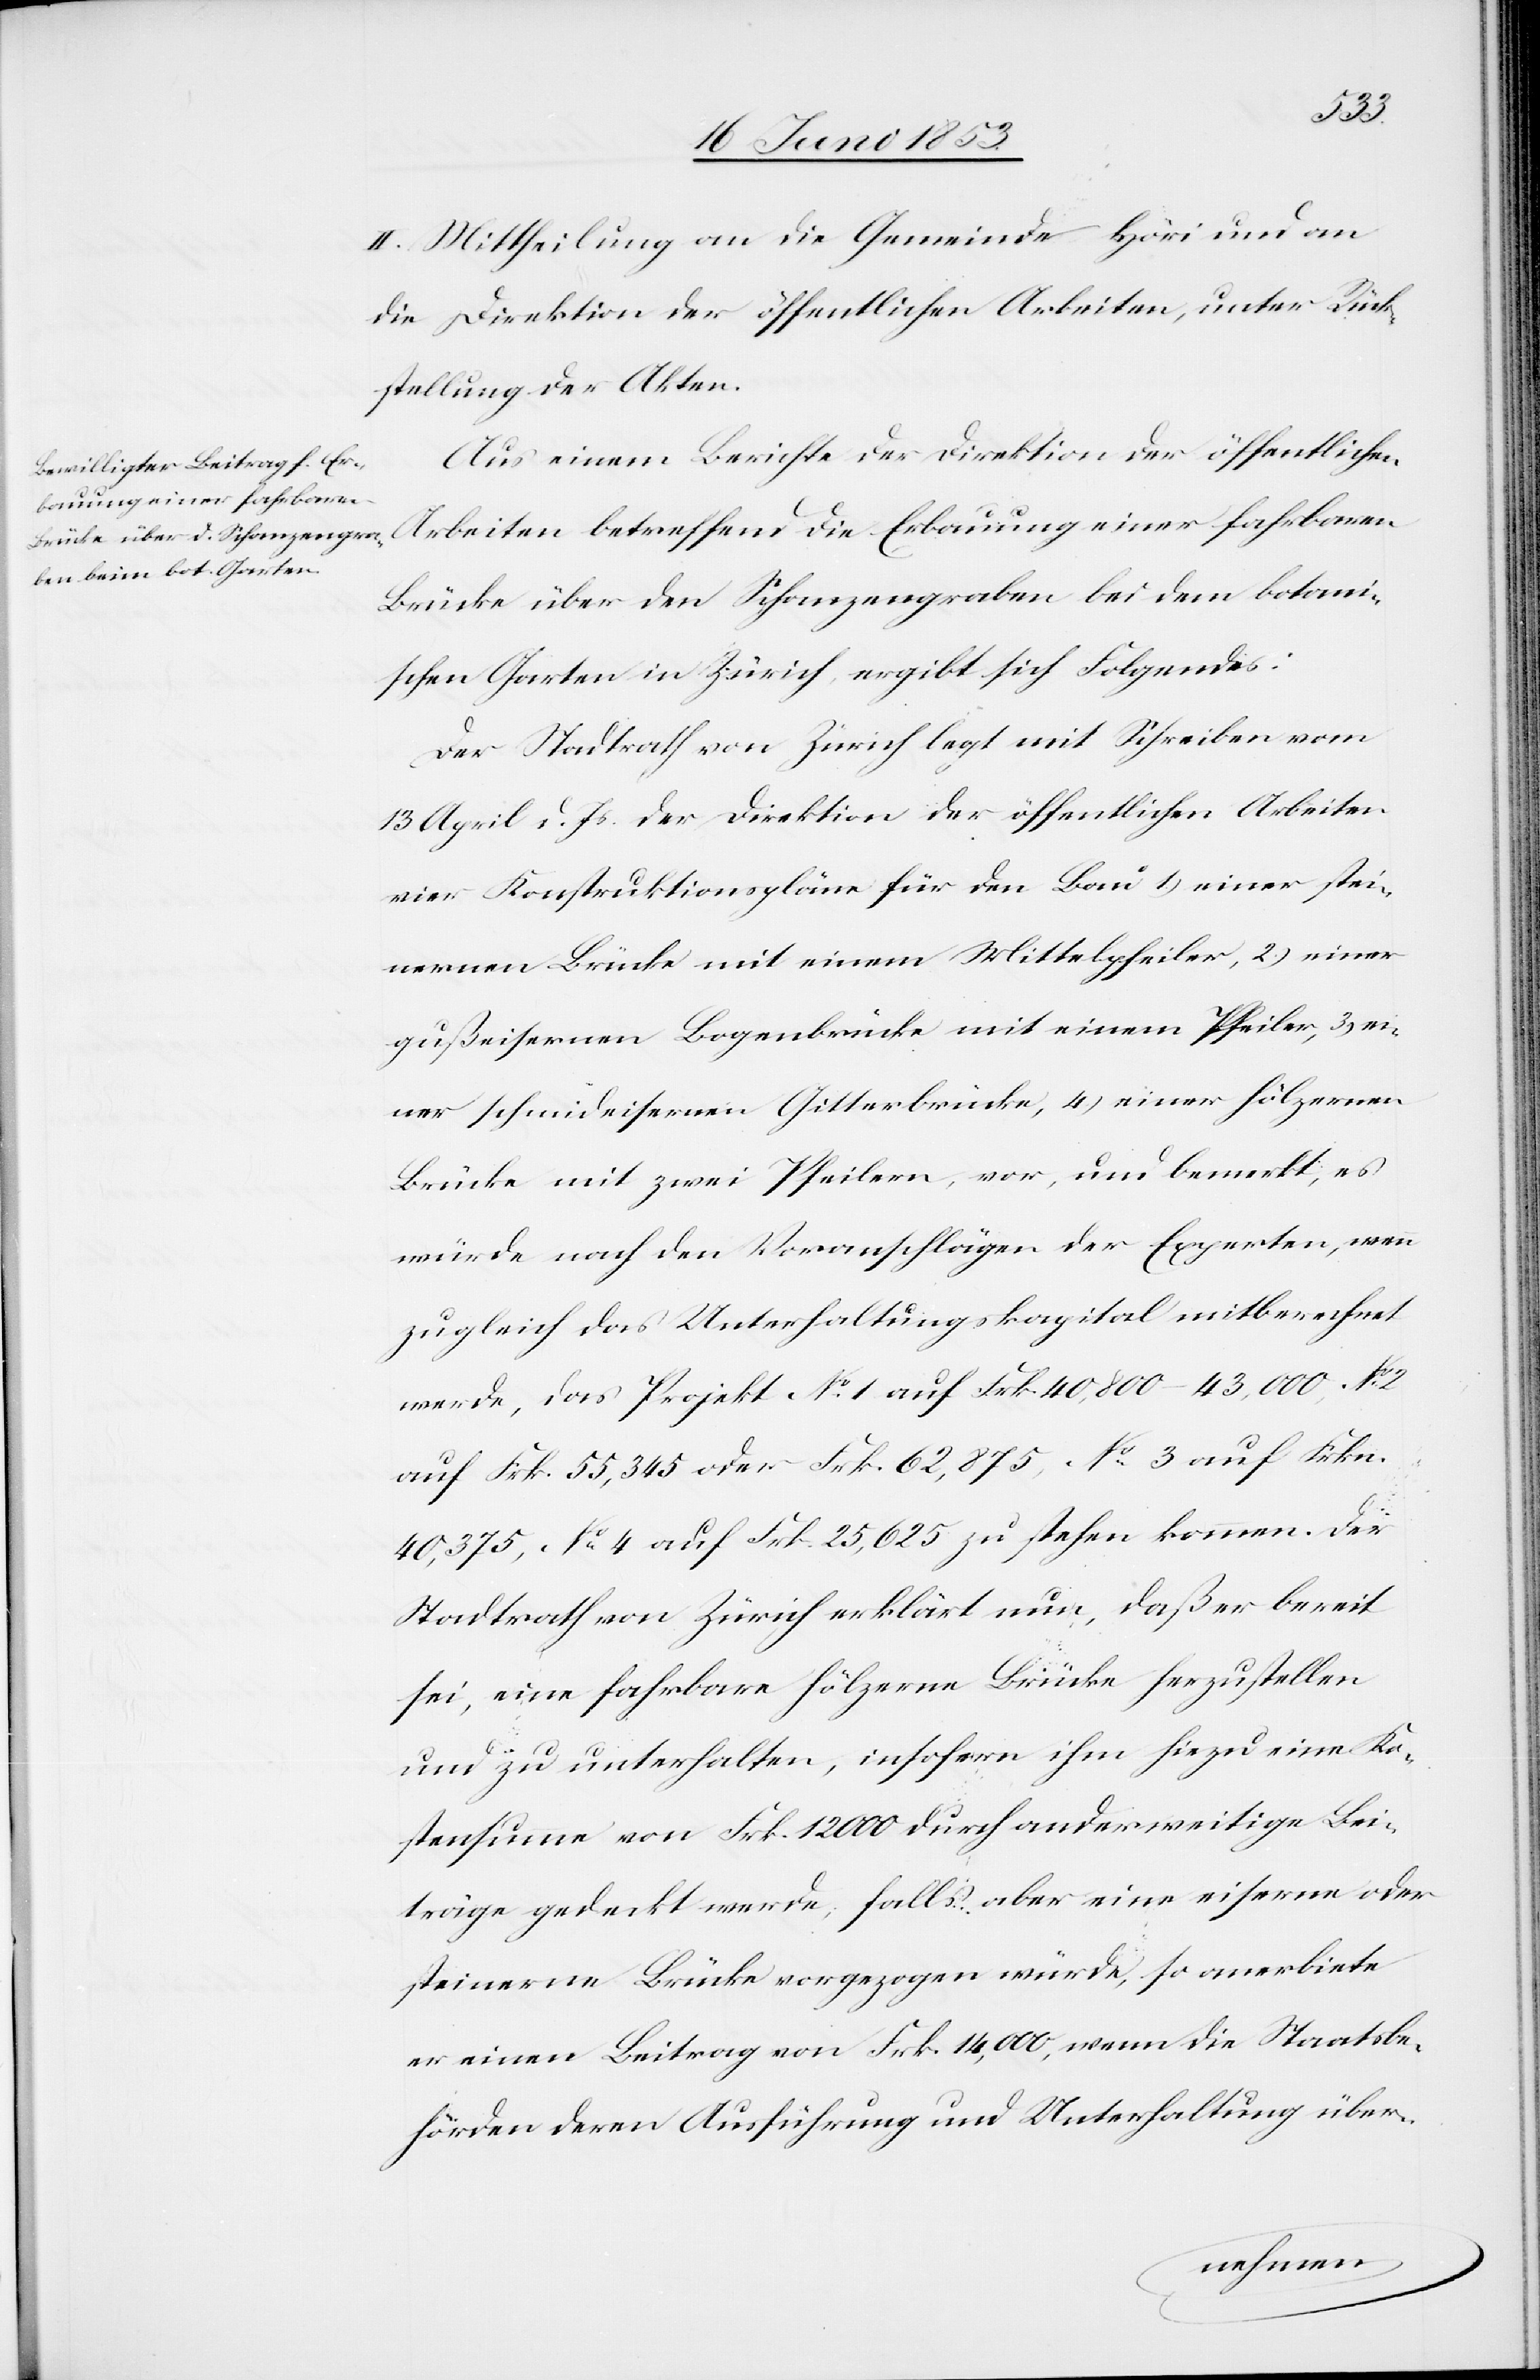
die
II. Mittheilung an die Gemeinde Höri und an
die Direktion der öffentlichen Arbeiten, unter Rück¬
stellung der Akten.
Aus einem Berichte der Direktion der öffentlichen
Erbauung einer fahrbahren
Brücke über den Schanzengraben bei dem botani¬
schen Garten in Zürich ergibt sich Folgendes:
Der Stadtrath von Zürich legt mit Schreiben vom
13 April d. Js. der Direktion der öffentlichen Arbeiten
vier Konstruktionspläne für den Bau 1) einer stei¬
nernen Brücke mit einem Mittelpfeiler, 2) einer
gußeisernen Bogenbrücke mit einem Pfeiler, 3) ei¬
ner schmideisernen Gitterbrücke, 4) einer hölzernen
Brücke mit zwei Pfeilern, vor, und bemerkt, es
würde nach den Voranschlägen der Experten, wenn
zugleich das Unterhaltungskapital mitberechnet
werde, das Projekt N°. 1 auf Frk. 40,800–43,000, N°.
auf Frk 55,345 oder Frk. 62,875, N°. 3 auf Frk.
40,375, N°. auf Frk. 25,625 zu stehen kommen. Der
Stadtrath von Zürich erklärt nun, daß er bereit
sei, eine fahrbare hölzerne Brücke herzustellen
und zu unterhalten, insofern ihm hiezu eine Ko¬
stensumme von Frk. 12 000 durch anderweitige Bei¬
träge gedeckt werde, falls aber eine eiserne oder
steinerne Brücke vorgezogen würde, so anerbiete
er einen Beitrag von Frk. 14,000, wenn die Staatsbe¬
hörden deren Ausführung und Unterhaltung über-